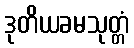
ဒုတိယခမသုတ္တံ